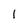
Character: 1